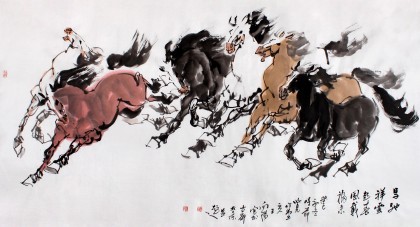
想当年空运筹决战，图王取霸无休。